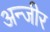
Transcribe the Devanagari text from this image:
अन्जीर